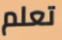
تعلم